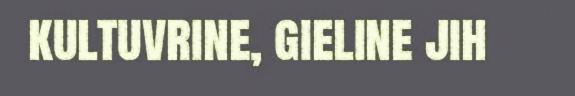
kultuvrine, gieline jih